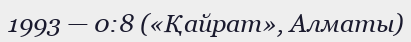
1993 — 0:8 («Қайрат», Алматы)